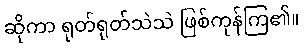
ဆိုကာ ရုတ်ရုတ်သဲသဲ ဖြစ်ကုန်ကြ၏။